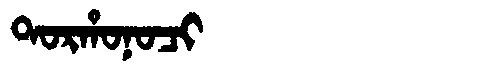
Manchu: ᡨᠣᡵᡥᠣᠨᠣᠴᡳ
Romanization: TORHONOCI